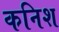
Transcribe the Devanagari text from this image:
कनिश